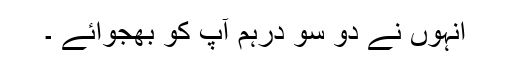
انہوں نے دو سو درہم آپ کو بھجوائے ۔